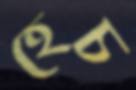
হেচ